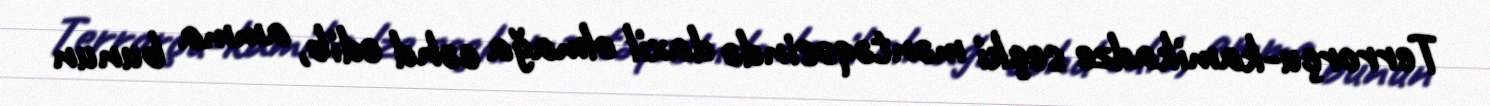
Terrorçu-kamikadze seçki məntəqəsində daxil olmağa cəhd edib, amma bunun